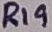
Text: R19